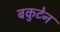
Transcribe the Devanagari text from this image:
बकुटेन